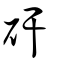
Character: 矸